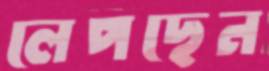
লেপছেন